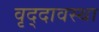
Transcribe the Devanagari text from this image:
वृद्दावस्था